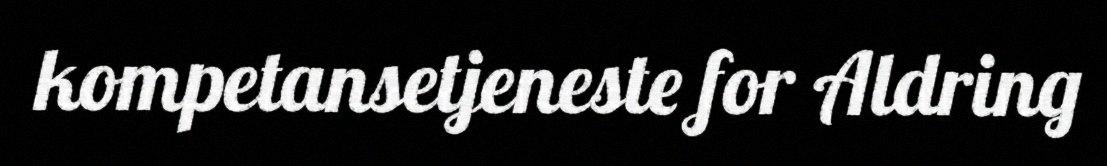
kompetansetjeneste for Aldring